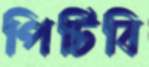
পিটিবি